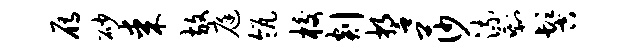
雁砂某放庭瓴校剡誓莎流剩髻